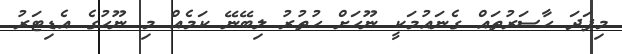
މިފަދަ ހާސަރުތައް ގެނައުމަކީ ނޫހަށް ހުތުރު ލިބޭނޭ ކަމެއް މި ނޫހުގެ އެޑިޓަރު